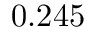
0 . 2 4 5